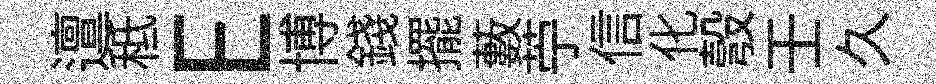
邅秪E博錢擺藪苧信化彀壬久